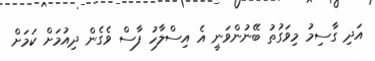
އަދި ގާސިމު މިވަގުތު ބޭނުންވަނީ އެ އިސްލާހު ފާސް ވެގެން ދިއުމަށް ކަމަށް